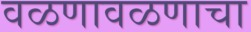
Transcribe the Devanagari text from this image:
वळणावळणाचा